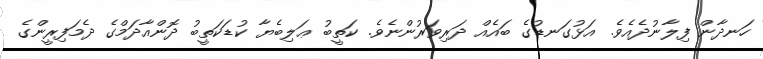
ހަނދާން ފިލާނުދެއެވެ. އަޅުގަނޑުގެ ބައެއް ދަރިވަރުންނެވެ. ކަތީބު ޢަލިބެޔާ ކުޑަކަތީބު ދޮންއާދަމްގެ ދެމަފިރީންގެ